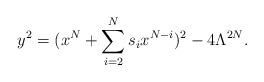
\begin{align*}y^2=(x^N+\sum_{i=2}^{N}s_ix^{N-i})^2-4\Lambda^{2N}.\end{align*}